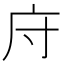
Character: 𫷦